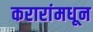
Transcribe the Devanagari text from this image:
करारांमधून